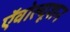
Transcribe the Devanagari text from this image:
ऍवोल्यूशन